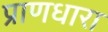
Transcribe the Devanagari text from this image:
प्राणधारा